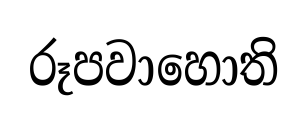
රූපවාහොති